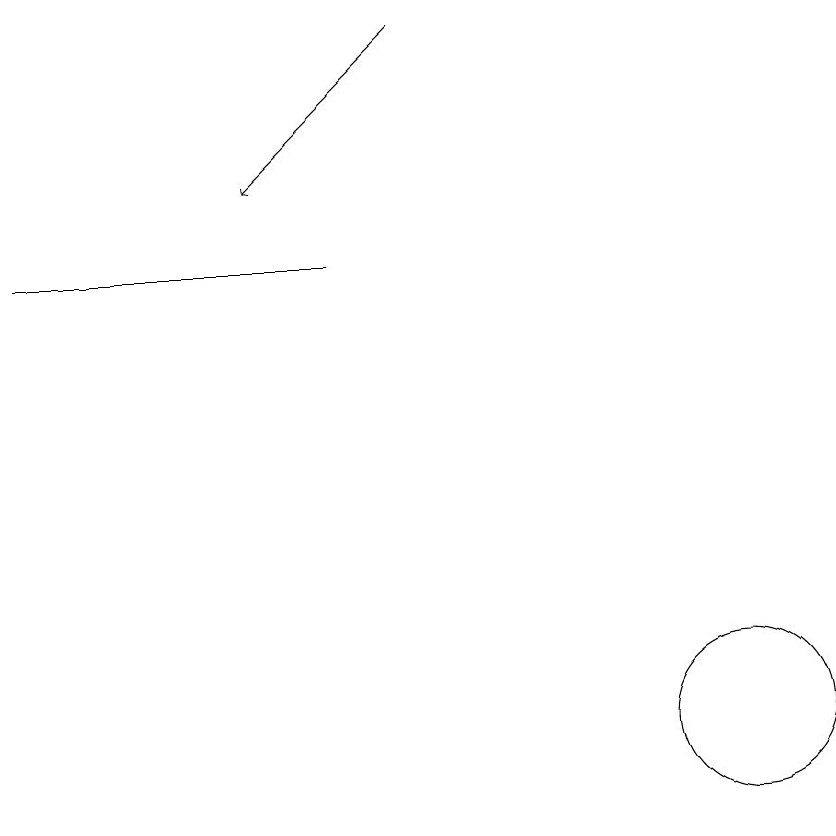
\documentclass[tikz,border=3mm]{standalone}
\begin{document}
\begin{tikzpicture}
\draw (11,10) circle (1);
\draw (2,16) rectangle (6,16);
\draw (10,12) circle (0);
\draw[->] (7,19) -- (5,17);
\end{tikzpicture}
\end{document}